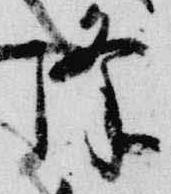
降